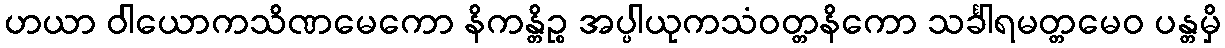
ဟယာ ဝါယောကသိဏမေကော နိကန္တိဉ္စ အပ္ပါယုကသံဝတ္တနိကော သင်္ခါရမတ္တမေဝ ပန္တမှိ